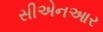
સીએનઆર